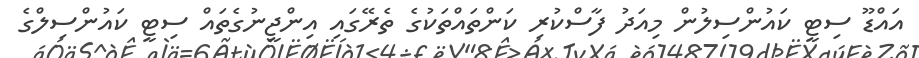
އައްޑޫ ސިޓީ ކައުންސިލުން މިއަދު ފާސްކުރި ކަންތައްތަކުގެ ތެރޭގައި އިންޖީނުގެތައް ސިޓީ ކައުންސިލްގެ